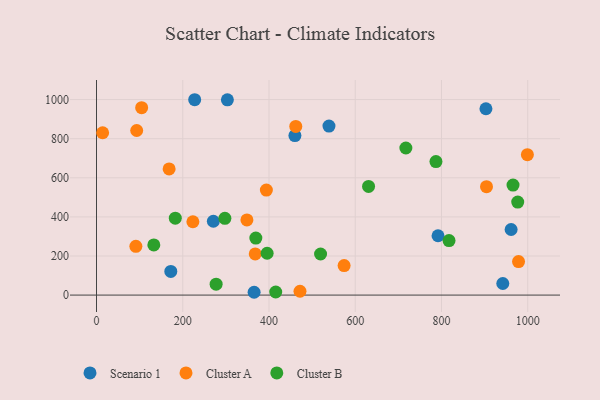
{"axis": {"x": "Engine Size", "y": "Fuel Efficiency"}, "legend": ["Cluster A", "Cluster B", "Scenario 1"], "data": [{"x": "942.2", "y": 59.4, "type": "Scenario 1"}, {"x": "365.5", "y": 14.4, "type": "Scenario 1"}, {"x": "961.5", "y": 335.6, "type": "Scenario 1"}, {"x": "172.3", "y": 120.9, "type": "Scenario 1"}, {"x": "539.1", "y": 864.7, "type": "Scenario 1"}, {"x": "792.0", "y": 303.6, "type": "Scenario 1"}, {"x": "227.7", "y": 999.3, "type": "Scenario 1"}, {"x": "271.0", "y": 377.7, "type": "Scenario 1"}, {"x": "460.1", "y": 815.7, "type": "Scenario 1"}, {"x": "303.5", "y": 998.8, "type": "Scenario 1"}, {"x": "903.1", "y": 953.2, "type": "Scenario 1"}, {"x": "223.5", "y": 375.1, "type": "Cluster A"}, {"x": "393.9", "y": 537.1, "type": "Cluster A"}, {"x": "348.8", "y": 384.5, "type": "Cluster A"}, {"x": "368.1", "y": 210.7, "type": "Cluster A"}, {"x": "471.9", "y": 19.6, "type": "Cluster A"}, {"x": "574.2", "y": 150.8, "type": "Cluster A"}, {"x": "978.7", "y": 171.6, "type": "Cluster A"}, {"x": "999.2", "y": 718.1, "type": "Cluster A"}, {"x": "904.4", "y": 554.4, "type": "Cluster A"}, {"x": "462.1", "y": 862.7, "type": "Cluster A"}, {"x": "14.2", "y": 830.3, "type": "Cluster A"}, {"x": "91.3", "y": 249.5, "type": "Cluster A"}, {"x": "93.2", "y": 841.8, "type": "Cluster A"}, {"x": "168.4", "y": 645.1, "type": "Cluster A"}, {"x": "104.7", "y": 958.6, "type": "Cluster A"}, {"x": "182.7", "y": 393.3, "type": "Cluster B"}, {"x": "297.7", "y": 392.5, "type": "Cluster B"}, {"x": "415.6", "y": 15.7, "type": "Cluster B"}, {"x": "630.9", "y": 555.6, "type": "Cluster B"}, {"x": "519.6", "y": 210.2, "type": "Cluster B"}, {"x": "817.5", "y": 278.7, "type": "Cluster B"}, {"x": "132.9", "y": 256.4, "type": "Cluster B"}, {"x": "277.4", "y": 56.0, "type": "Cluster B"}, {"x": "369.5", "y": 291.4, "type": "Cluster B"}, {"x": "965.9", "y": 562.8, "type": "Cluster B"}, {"x": "787.2", "y": 683.0, "type": "Cluster B"}, {"x": "717.4", "y": 752.4, "type": "Cluster B"}, {"x": "395.7", "y": 214.1, "type": "Cluster B"}, {"x": "976.8", "y": 475.6, "type": "Cluster B"}]}